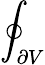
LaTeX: \oint_{\partial V}